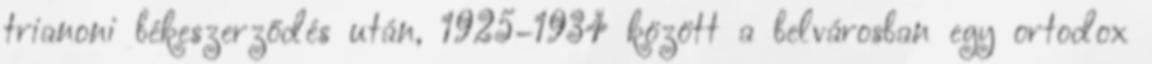
trianoni békeszerződés után, 1925–1934 között a belvárosban egy ortodox